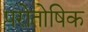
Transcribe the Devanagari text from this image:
परोतोषिक